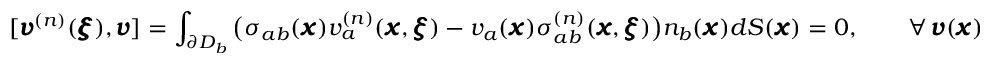
[ { \pmb v } ^ { ( n ) } ( { \pmb \xi } ) , { \pmb v } ] = \int _ { \partial D _ { b } } \big ( \sigma _ { a b } ( { \pmb x } ) v _ { a } ^ { ( n ) } ( { \pmb x } , { \pmb \xi } ) - v _ { a } ( { \pmb x } ) \sigma _ { a b } ^ { ( n ) } ( { \pmb x } , { \pmb \xi } ) \big ) n _ { b } ( { \pmb x } ) d S ( { \pmb x } ) = 0 , \qquad { { \forall } \, { \pmb v } ( { \pmb x } ) }